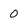
Character: 0